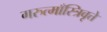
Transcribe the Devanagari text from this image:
गरुत्माँस्त्रिवृत्ते